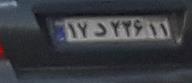
۱۷د۲۳۶۱۱